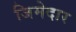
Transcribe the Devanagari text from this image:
जिमेदार